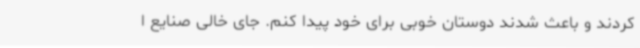
کردند و باعث شدند دوستان خوبی برای خود پیدا کنم. جای خالی صنایع ا